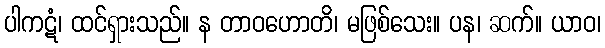
ပါကဋံ၊ ထင်ရှားသည်။ န တာဝဟောတိ၊ မဖြစ်သေး။ ပန၊ ဆက်။ ယာဝ၊